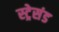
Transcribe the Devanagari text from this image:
स्ट्रेसंड